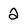
Character: 2